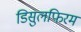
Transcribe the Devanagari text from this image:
डिसुलफिरम